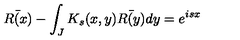
\bar { R ( x ) } - \int _ { J } K _ { s } ( x , y ) \bar { R ( y ) } d y = e ^ { i s x }